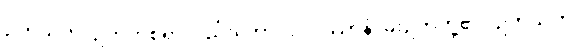
ဥတုသတံ၊ ဥတုတစ်ရာလည်းကောင်း။ ဝဿာနံ၊ မိုးဥတုတို့၏။ ဥတုသတံ၊